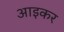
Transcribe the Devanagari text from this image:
आइकर